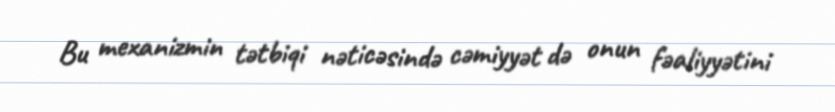
Bu mexanizmin tətbiqi nəticəsində cəmiyyət də onun fəaliyyətini